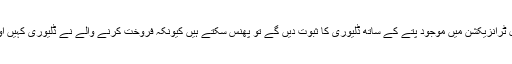
آپ جب پے پال ٹرانزیکشن میں موجود پتے کے ساتھ ڈلیوری کا ثبوت دیں گے تو پھنس سکتے ہیں کیونکہ فروخت کرنے والے نے ڈلیوری کہیں اور کروائی ہے۔